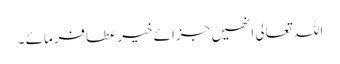
اللہ تعالی انھیں جزائے خیر عطافرمائے ۔